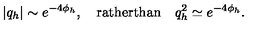
| q _ { h } | \sim e ^ { - 4 \phi _ { h } } , \quad \mathrm { r a t h e r t h a n } \quad q _ { h } ^ { 2 } \simeq e ^ { - 4 \phi _ { h } } .